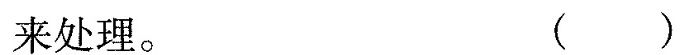
来处理。 ( )